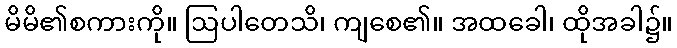
မိမိ၏စကားကို။ ဩပါတေသိ၊ ကျစေ၏။ အထခေါ၊ ထိုအခါ၌။